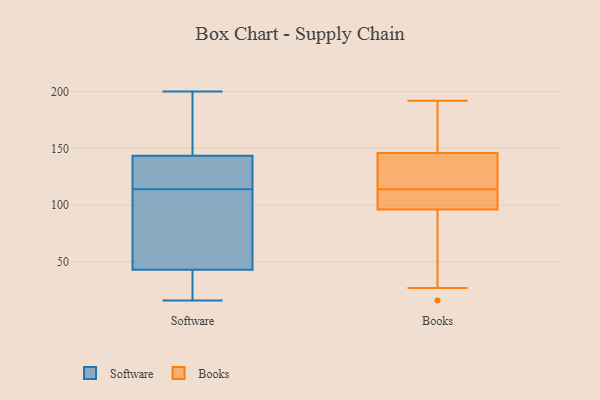
{"axis": {"x": "Page Views", "y": "Value"}, "legend": ["Books", "Software"], "data": [{"x": "", "y": 108, "type": "Software"}, {"x": "", "y": 119, "type": "Software"}, {"x": "", "y": 17, "type": "Software"}, {"x": "", "y": 136, "type": "Software"}, {"x": "", "y": 114, "type": "Software"}, {"x": "", "y": 98, "type": "Software"}, {"x": "", "y": 163, "type": "Software"}, {"x": "", "y": 21, "type": "Software"}, {"x": "", "y": 179, "type": "Software"}, {"x": "", "y": 200, "type": "Software"}, {"x": "", "y": 146, "type": "Software"}, {"x": "", "y": 118, "type": "Software"}, {"x": "", "y": 25, "type": "Software"}, {"x": "", "y": 123, "type": "Software"}, {"x": "", "y": 19, "type": "Software"}, {"x": "", "y": 16, "type": "Software"}, {"x": "", "y": 97, "type": "Software"}, {"x": "", "y": 109, "type": "Software"}, {"x": "", "y": 186, "type": "Software"}, {"x": "", "y": 105, "type": "Books"}, {"x": "", "y": 113, "type": "Books"}, {"x": "", "y": 27, "type": "Books"}, {"x": "", "y": 127, "type": "Books"}, {"x": "", "y": 115, "type": "Books"}, {"x": "", "y": 111, "type": "Books"}, {"x": "", "y": 16, "type": "Books"}, {"x": "", "y": 96, "type": "Books"}, {"x": "", "y": 182, "type": "Books"}, {"x": "", "y": 192, "type": "Books"}, {"x": "", "y": 181, "type": "Books"}, {"x": "", "y": 183, "type": "Books"}, {"x": "", "y": 97, "type": "Books"}, {"x": "", "y": 129, "type": "Books"}, {"x": "", "y": 145, "type": "Books"}, {"x": "", "y": 47, "type": "Books"}, {"x": "", "y": 65, "type": "Books"}, {"x": "", "y": 146, "type": "Books"}]}